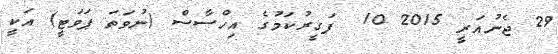
29 ޖެނުއަރީ 2015 10  ފަގީރުކަމުގެ އިހްސާސް (ނުވަތަ ޕަވަޓީ) އަކީ